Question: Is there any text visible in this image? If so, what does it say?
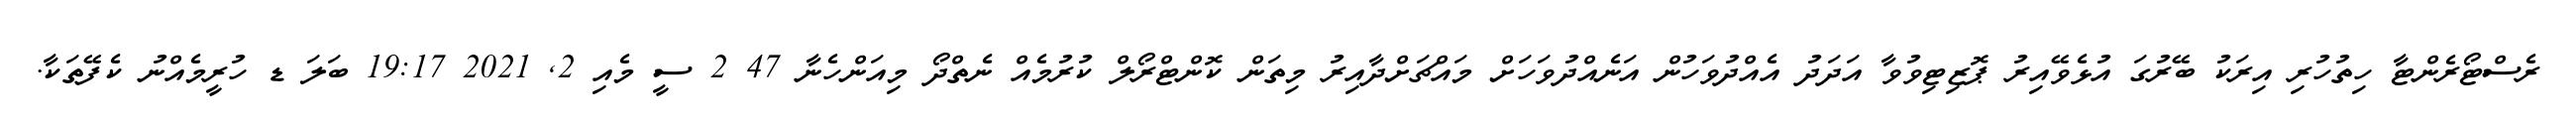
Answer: ރެސްޓޯރެންޓާ ހިތުހުރި އިރަކު ބޭރުގަ އުޅެވޭއިރު ޕޮޒިޓިވުވާ އަދަދު އެއްދުވަހުން އަނެއްދުވަހަށް މައްޗަށްދާއިރު މިތަން ކޮންޓްރޯލް ކުރުމެއް ނެތްދޯ މިއަންހެނާ 47 2 ސީ މެއި 2, 2021 19:17 ބަލަ ޑ ހުރީމެއްނު ކެފޭތަކާ.